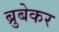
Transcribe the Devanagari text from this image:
ब्रुबेकर